Lunatic asylums United Provinces 1899-1908 - 1899-1908
Year: 1899
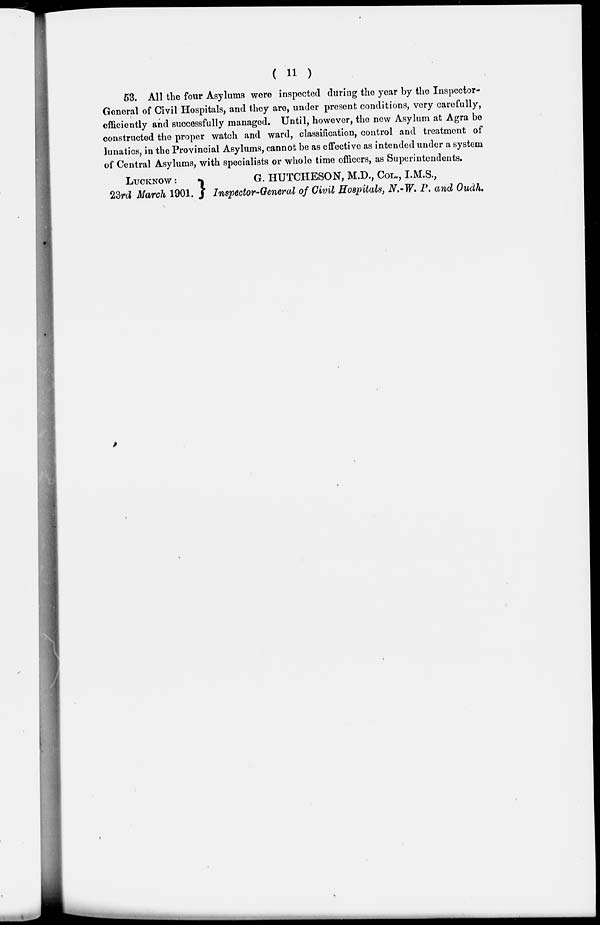
( 11 )
53. All the four Asylums were inspected during the year by the Inspector-
General of Civil Hospitals, and they are, under present conditions, very carefully,
efficiently and successfully managed. Until, however, the new Asylum at Agra be
constructed the proper watch and ward, classification, control and treatment of
lunatics, in the Provincial Asylums, cannot be as effective as intended under a system
of Central Asylums, with specialists or whole time officers, as Superintendents.
LUCKNOW :
23rd March 1901.
G. HUTCHESON, M.D., COL., I.M.S.,
Inspector-General of Civil Hospitals, N.-W. P. and Oudh.